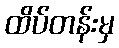
ထိပ်တန်းမှ